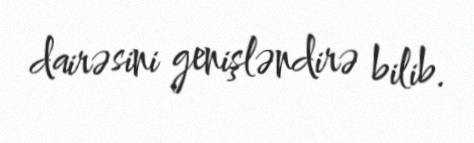
dairəsini genişləndirə bilib.